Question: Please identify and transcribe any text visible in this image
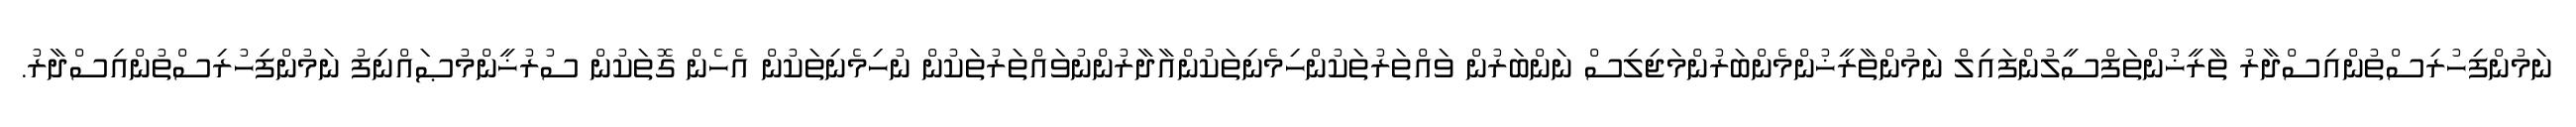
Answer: ނަމުންފިހުރިސްތުންއިސްދާރު ތާރީޚުންތަފްސީލުންފައިލް ނަމުންތާރީޚުންމެންބަރުންމަޖިލިސް ނަންބަރުން ވައްތަރުތަކުންހިމެނިތަކުންއާދާރުންނުވައްތަރުތަކުން ނުހިމެނިތަކުން އެހެން ގޮތަކުން ސުރުޚީންމުޞައްނިފު ނަމުންފިހުރިސްތުންއިސްދާރު.